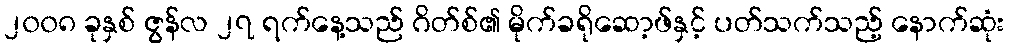
၂၀၀၈ ခုနှစ် ဇွန်လ ၂၇ ရက်နေ့သည် ဂိတ်စ်၏ မိုက်ခရိုဆော့ဖ်နှင့် ပတ်သက်သည့် နောက်ဆုံး